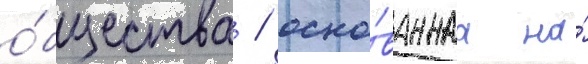
о́бщества / осно́ваннаа на́